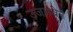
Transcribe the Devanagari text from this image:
उजमबेन